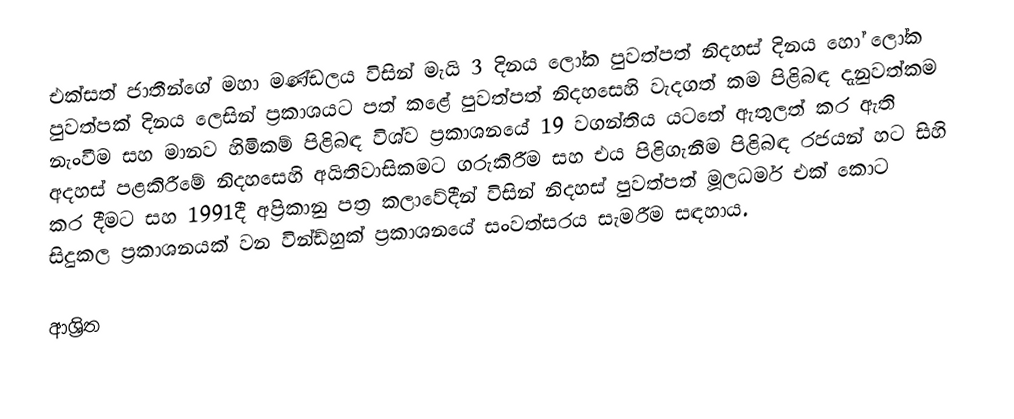
එක්සත් ජාතීන්ගේ මහා මණ්ඩලය විසින් මැයි 3 දිනය ලෝක පුවත්පත් නිදහස් දිනය  හෝ ලෝක පුවත්පක් දිනය ලෙසින් ප්‍රකාශයට පත් කළේ  පුවත්පත් නිදහසෙහි වැදගත් කම පිළිබඳ දැනුවත්කම නැංවීම සහ  මානව හිමිකම් පිළිබඳ විශ්ව ප්‍රකාශනයේ 19 වගන්තිය යටතේ ඇතුලත් කර ඇති අදහස් පළකිරීමේ නිදහසෙහි අයිතිවාසිකමට ගරුකිරීම සහ එය  පිළිගැනීම පිළිබඳ රජයන් හට සිහි කර දීමට සහ  1991දී අප්‍රිකානු පත්‍ර කලාවේදීන් විසින් නිදහස් පුවත්පත් මූලධර්ම එක් කොට සිදුකල ප්‍රකාශනයක් වන   වින්ඩ්හුක් ප්‍රකාශනයේ සංවත්සරය සැමරීම සඳහාය.

ආශ්‍රිත